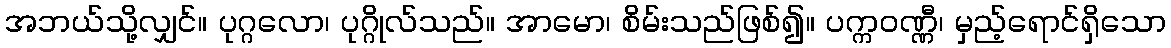
အဘယ်သို့လျှင်။ ပုဂ္ဂလော၊ ပုဂ္ဂိုလ်သည်။ အာမော၊ စိမ်းသည်ဖြစ်၍။ ပက္ကဝဏ္ဏီ၊ မှည့်ရောင်ရှိသော